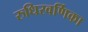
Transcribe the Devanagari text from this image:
रुधिरवर्णिका